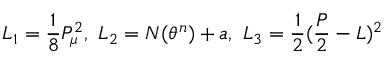
{ \cal L } _ { 1 } = \frac { 1 } { 8 } P _ { \mu } ^ { 2 } , \mathrm { ~ } { \cal L } _ { 2 } = N ( \theta ^ { n } ) + a , \mathrm { ~ } { \cal L } _ { 3 } = \frac { 1 } { 2 } ( \frac { P } { 2 } - L ) ^ { 2 }